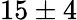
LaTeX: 15\pm 4